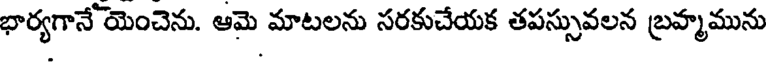
భార్యగానే యెంచెను. ఆమె మాటలను సరకుచేయక తపస్సువలన బ్రహ్మమును